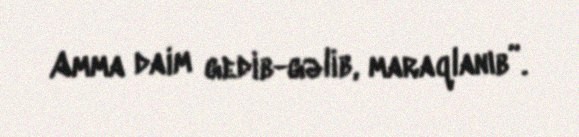
Amma daim gedib-gəlib, maraqlanıb”.